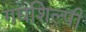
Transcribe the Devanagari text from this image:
गद्यशिल्पी